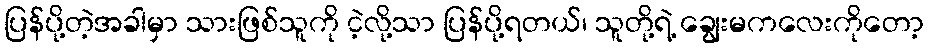
ပြန်ပို့တဲ့အခါမှာ သားဖြစ်သူကို ငဲ့လို့သာ ပြန်ပို့ရတယ်၊ သူတို့ရဲ့ ချွေးမကလေးကိုတော့